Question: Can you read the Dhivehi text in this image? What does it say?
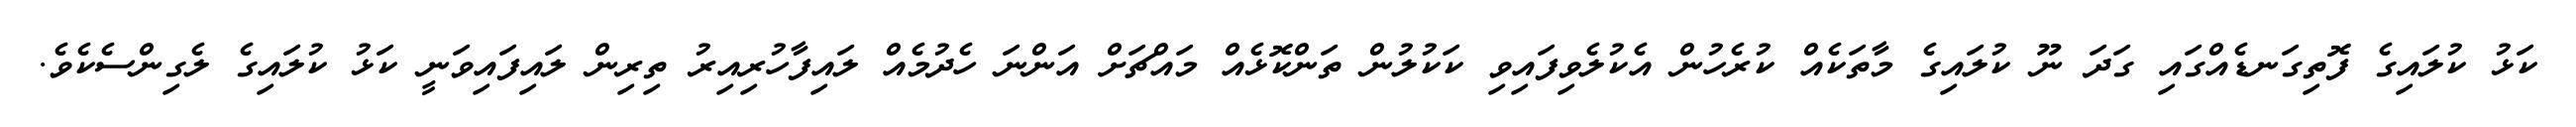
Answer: ކަޅު ކުލައިގެ ފޮތިގަނޑެއްގައި ގަދަ ނޫ ކުލައިގެ މާތަކެއް ކުރެހުން އެކުލެވިފައިވި ކަކުލުން ތަންކޮޅެއް މައްޗަށް އަންނަ ހެދުމެއް ލައިފާހުރިއިރު ތިރިން ލައިފައިވަނީ ކަޅު ކުލައިގެ ލެގިންސެކެވެ.